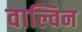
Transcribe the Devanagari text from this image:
वाल्विन